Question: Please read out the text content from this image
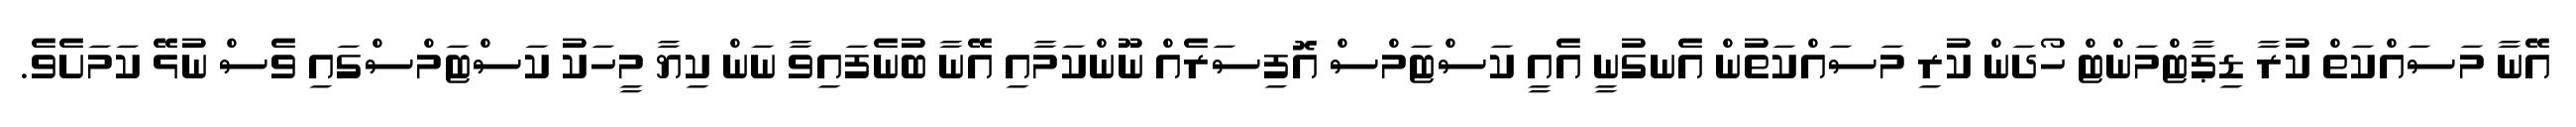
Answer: އޭނާ މަސައްކަތް ކުރާ ޑިޕާޓްމަންޓް ހޯދަން ކުރި މަސައްކަތުން އެނގުނީ އެއީ ކަސްޓަމްސް އޮފިސަރެއް ނޫންކަމާއި އޭނާ ބުނެފައިވާ ނަން ކިޔާ މީހަކު ކަސްޓަމްސްގައި ވެސް ނުޅޭ ކަމަށެވެ.